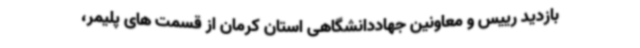
بازدید رییس و معاونین جهاددانشگاهی استان کرمان از قسمت های پلیمر،